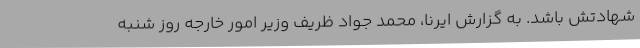
شهادتش باشد. به گزارش ایرنا، محمد جواد ظریف وزیر امور خارجه روز شنبه